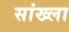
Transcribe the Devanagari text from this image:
सांख्ला